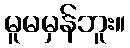
မူမမှန်ဘူး။